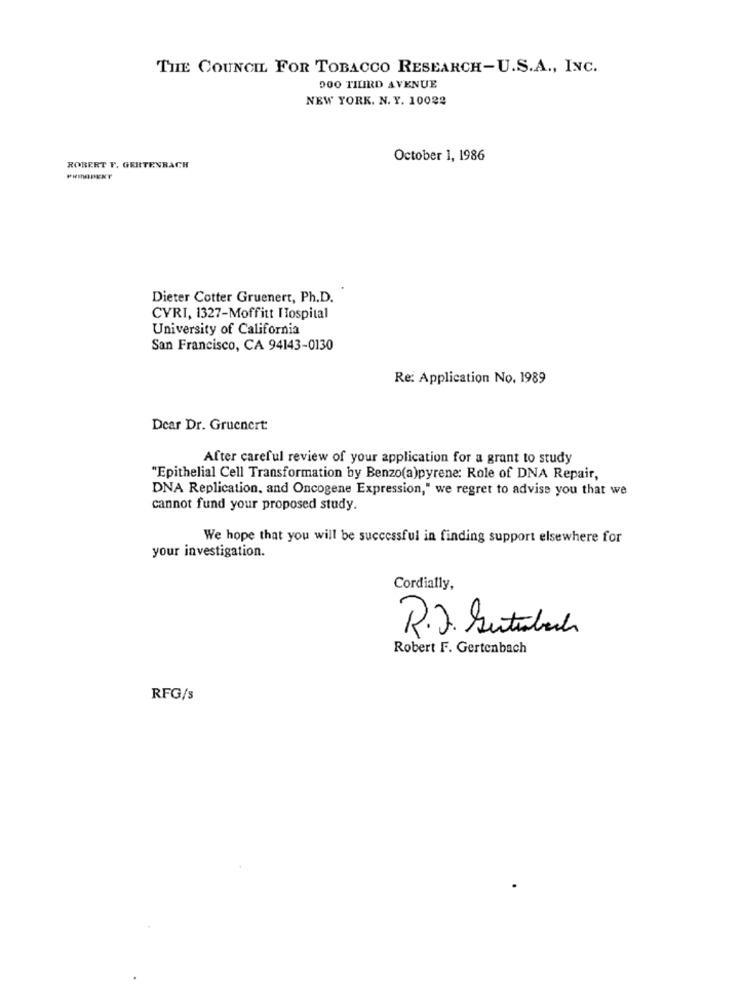
THE COUNCIL FOR TOBACCO RESEARCH-U.S.A ., INC.
DOO TILIRD AVENUE
NEW YORK. N. Y. 10022
October 1, 1986
ROBERT F. GERTENBACH
Dieter Cotter Gruenert, Ph.D.
CVRI, 1327-Moffitt ITospital
University of California
San Francisco, CA 94143-0130
Re: Application No. 1989
Dear Dr. Gruenert:
After careful review of your application for a grant to study
"Epithelial Cell Transformation by Benzo(a)pyrene: Role of DNA Repair,
DNA Replication, and Oncogene Expression," we regret to advise you that we
cannot fund your proposed study.
We hope that you will be successful in finding support elsewhere for
your investigation.
Cordially,
R.J. Sutubach
Robert F. Gertenbach
RFG/s